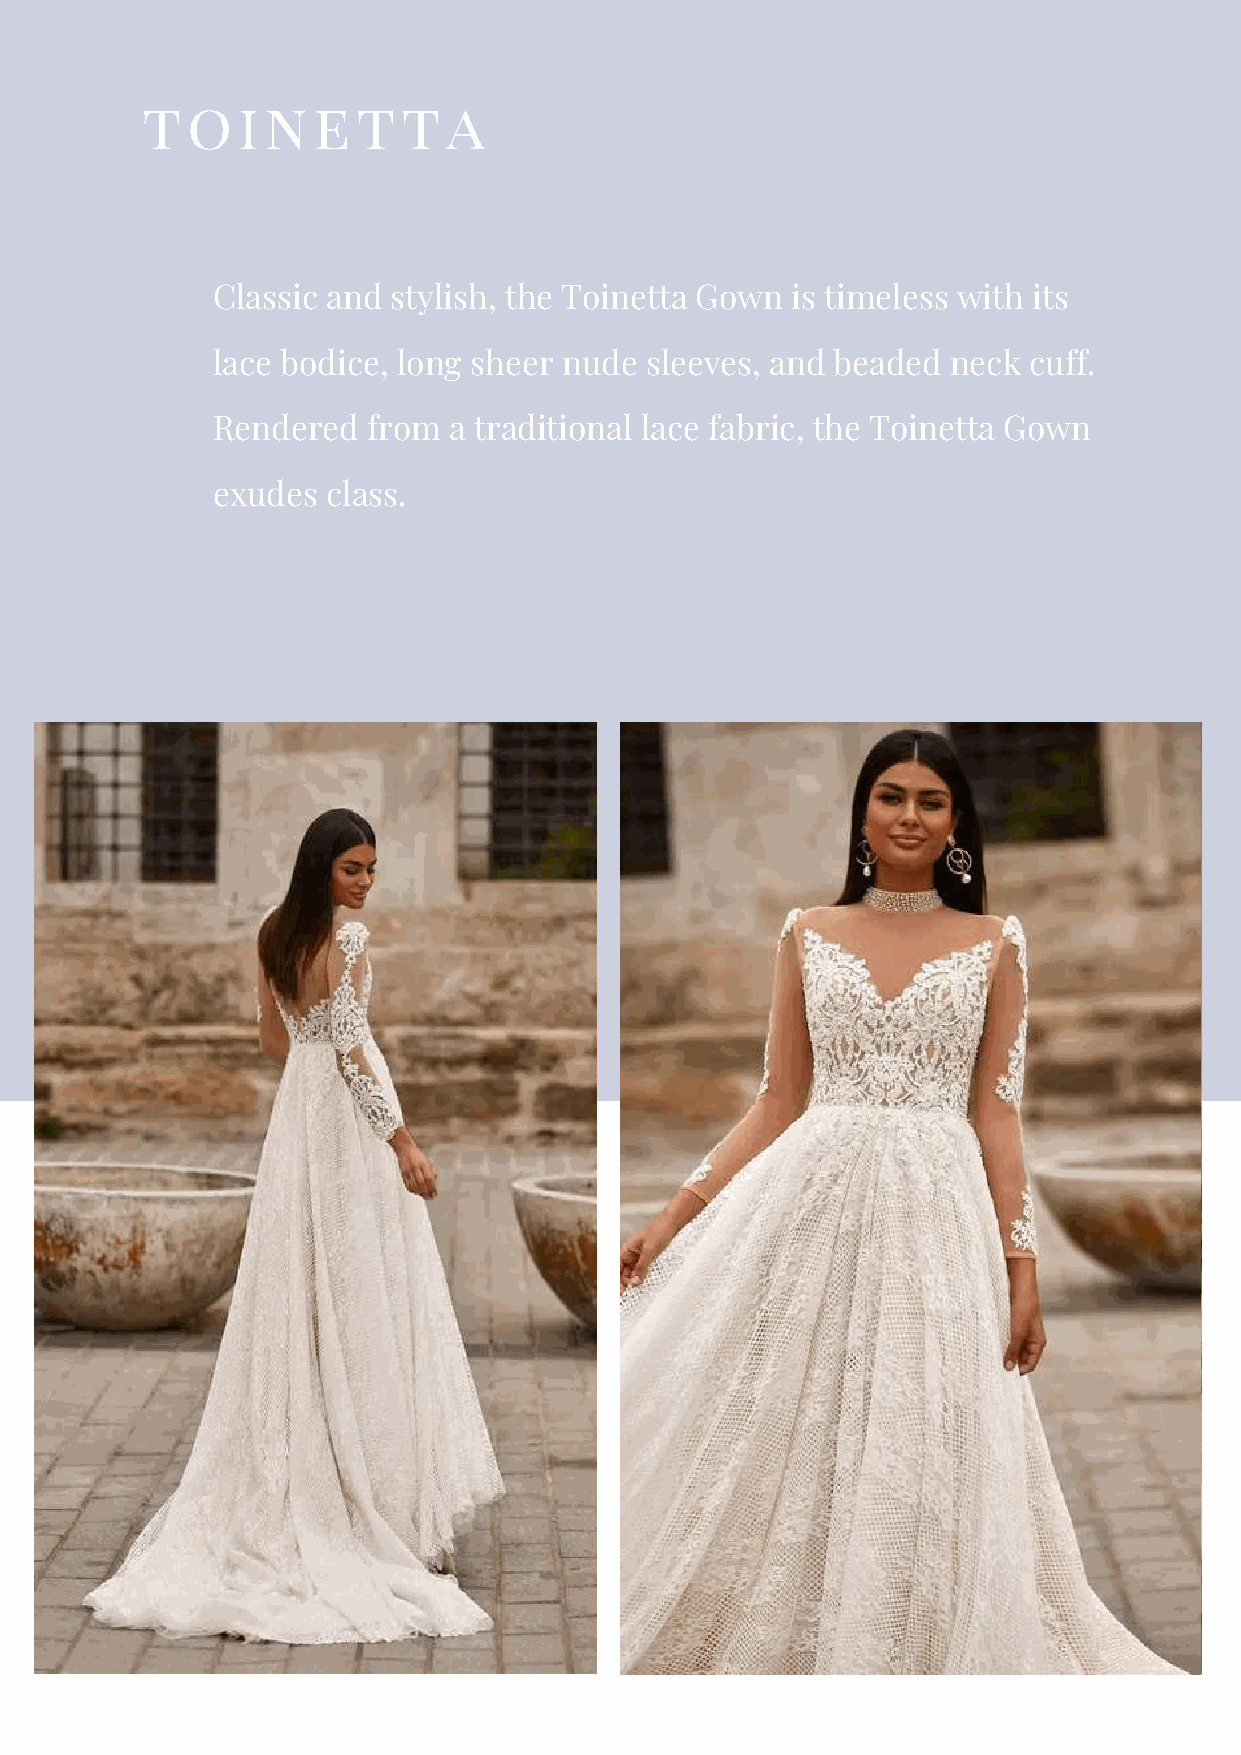
toinetta
 Classic and stylish, the Toinetta Gown is timeless with its
 lace bodice, long sheer nude sleeves, and beaded neck cuff.
 Rendered  from  a traditional lace fabric, the Toinetta Gown
 exudes  class.